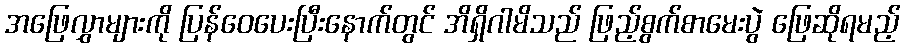
အဖြေလွှာများကို ပြန်ဝေပေးပြီးနောက်တွင် အိရှိဂါမိသည် ဖြည့်စွက်စာမေးပွဲ ဖြေဆိုရမည့်